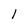
Character: 1